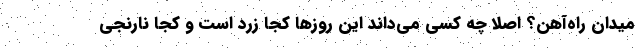
میدان راه‌آهن؟ اصلا چه کسی مي‌داند این روزها کجا زرد است و کجا نارنجی